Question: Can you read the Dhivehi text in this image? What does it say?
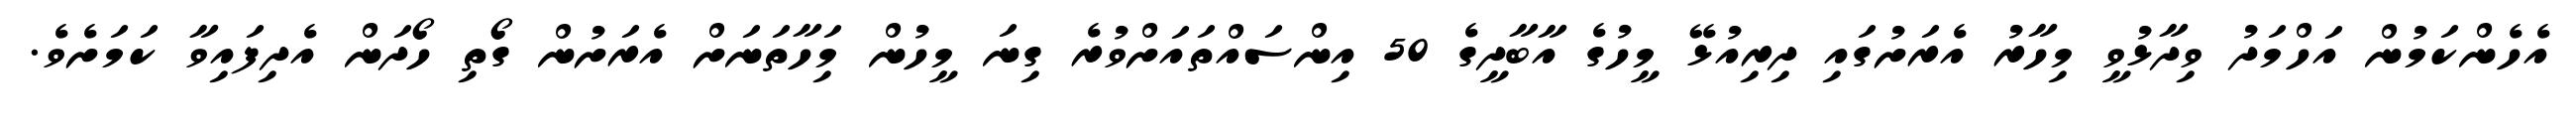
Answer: އެހެންކަމުން އަހްމަދު ވިދާޅުވީ މިހާރު އެރަށުގައި ދިރިއުޅޭ މީހުގެ އާބާދީގެ 50 އިންސައްތައަށްވުރެ ގިނަ މީހުން މިަހާތަނަށް އެރަށުން ގޯތި ހޯދަން އެދިފައިވާ ކަމަށެވެ.